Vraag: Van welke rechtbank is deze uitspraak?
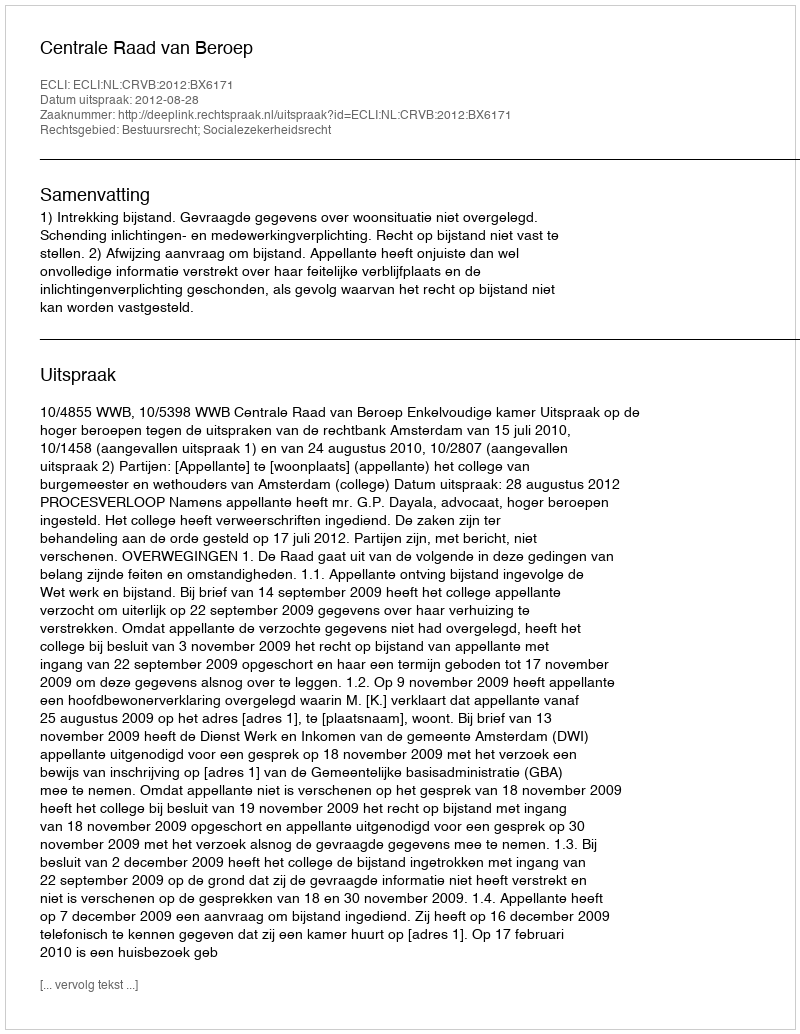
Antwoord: Centrale Raad van Beroep